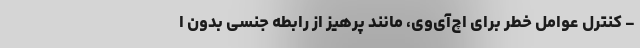
- کنترل عوامل خطر برای اچ‌آی‌وی، مانند پرهیز از رابطه جنسی بدون ا